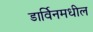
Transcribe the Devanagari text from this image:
डार्विनमधील